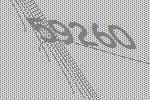
59260